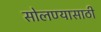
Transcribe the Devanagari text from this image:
सोलण्यासाठी